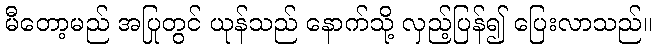
မီတော့မည် အပြုတွင် ယုန်သည် နောက်သို့ လှည့်ပြန်၍ ပြေးလာသည်။